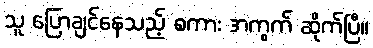
သူ ပြောချင်နေသည့် စကား အကွက် ဆိုက်ပြီ။